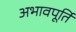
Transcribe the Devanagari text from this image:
अभावपूर्ति